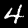
Label: 4